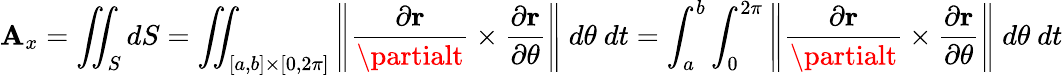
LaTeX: \mathbf{A}_{x}=\iint_{S}dS=\iint_{[a,b]\times[0,2\pi]}\left\| {\frac{{\partial\mathbf{{r}}}}{{\partialt}}}\times{\frac{{\partial\mathbf{{r}}}}{{\partial\theta}}}\right\| \ d\theta\ dt=\int_{a}^{b}\int_{0}^{2\pi}\left\| {\frac{{\partial\mathbf{{r}}}}{{\partialt}}}\times{\frac{{\partial\mathbf{{r}}}}{{\partial\theta}}}\right\| \ d\theta\ dt